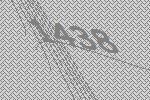
1438